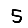
Digit: 5